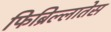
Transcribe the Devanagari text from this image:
फिब्रिल्लातेस